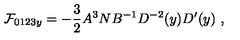
{ \cal F } _ { 0 1 2 3 y } = - { \frac { 3 } { 2 } } A ^ { 3 } N B ^ { - 1 } D ^ { - 2 } ( y ) D ^ { \prime } ( y ) \ ,